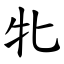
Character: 牝